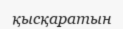
қысқаратын